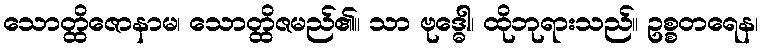
သောတ္ထိဇောနာမ၊ သောတ္ထိဇမည်၏။ သာ ဗုဒ္ဓေါ၊ ထိုဘုရားသည်။ ဥစ္စတရေန၊